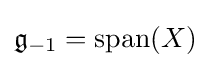
{\mathfrak {g}}_{-1}={\textrm {span}}(X)